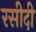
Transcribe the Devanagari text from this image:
रसीदी